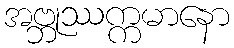
အဗ္ဘုဿက္ကမာနော